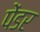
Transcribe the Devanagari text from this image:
पेंडर